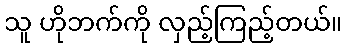
သူ ဟိုဘက်ကို လှည့်ကြည့်တယ်။